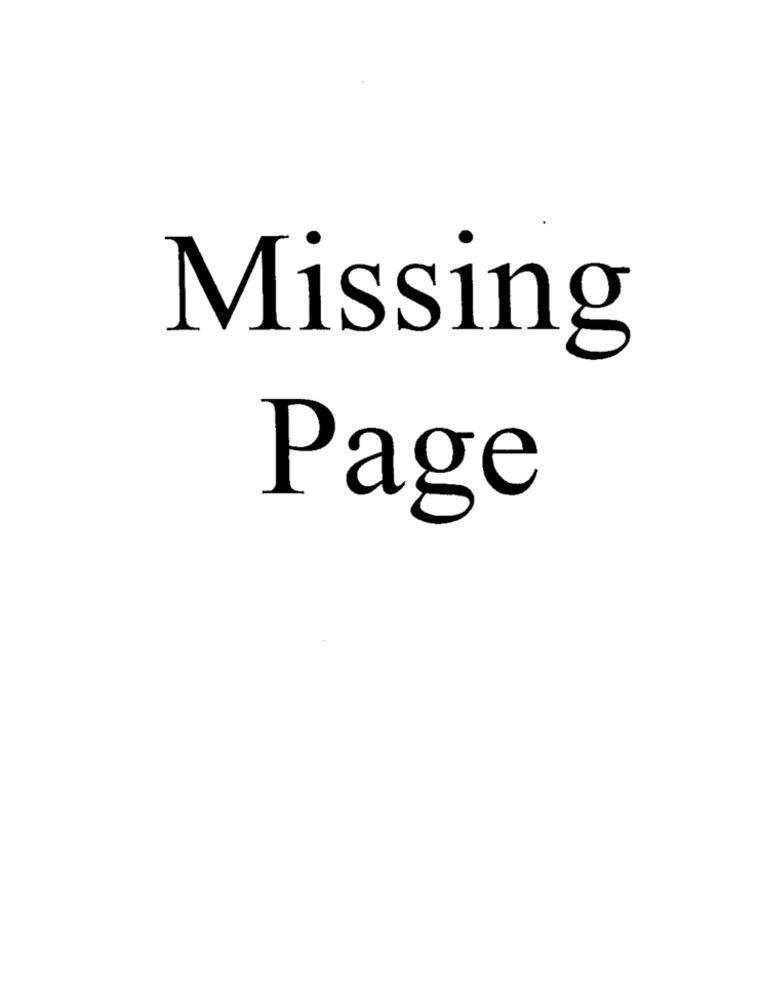
Missing
Page